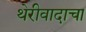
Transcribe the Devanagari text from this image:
थेरीवादाचा